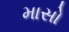
માસો